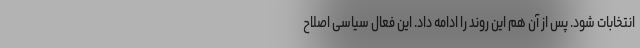
انتخابات شود. پس از آن هم این روند را ادامه داد. این فعال سیاسی اصلاح